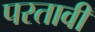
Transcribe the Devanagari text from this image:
परतावी